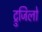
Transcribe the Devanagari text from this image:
ट्रुजिलो